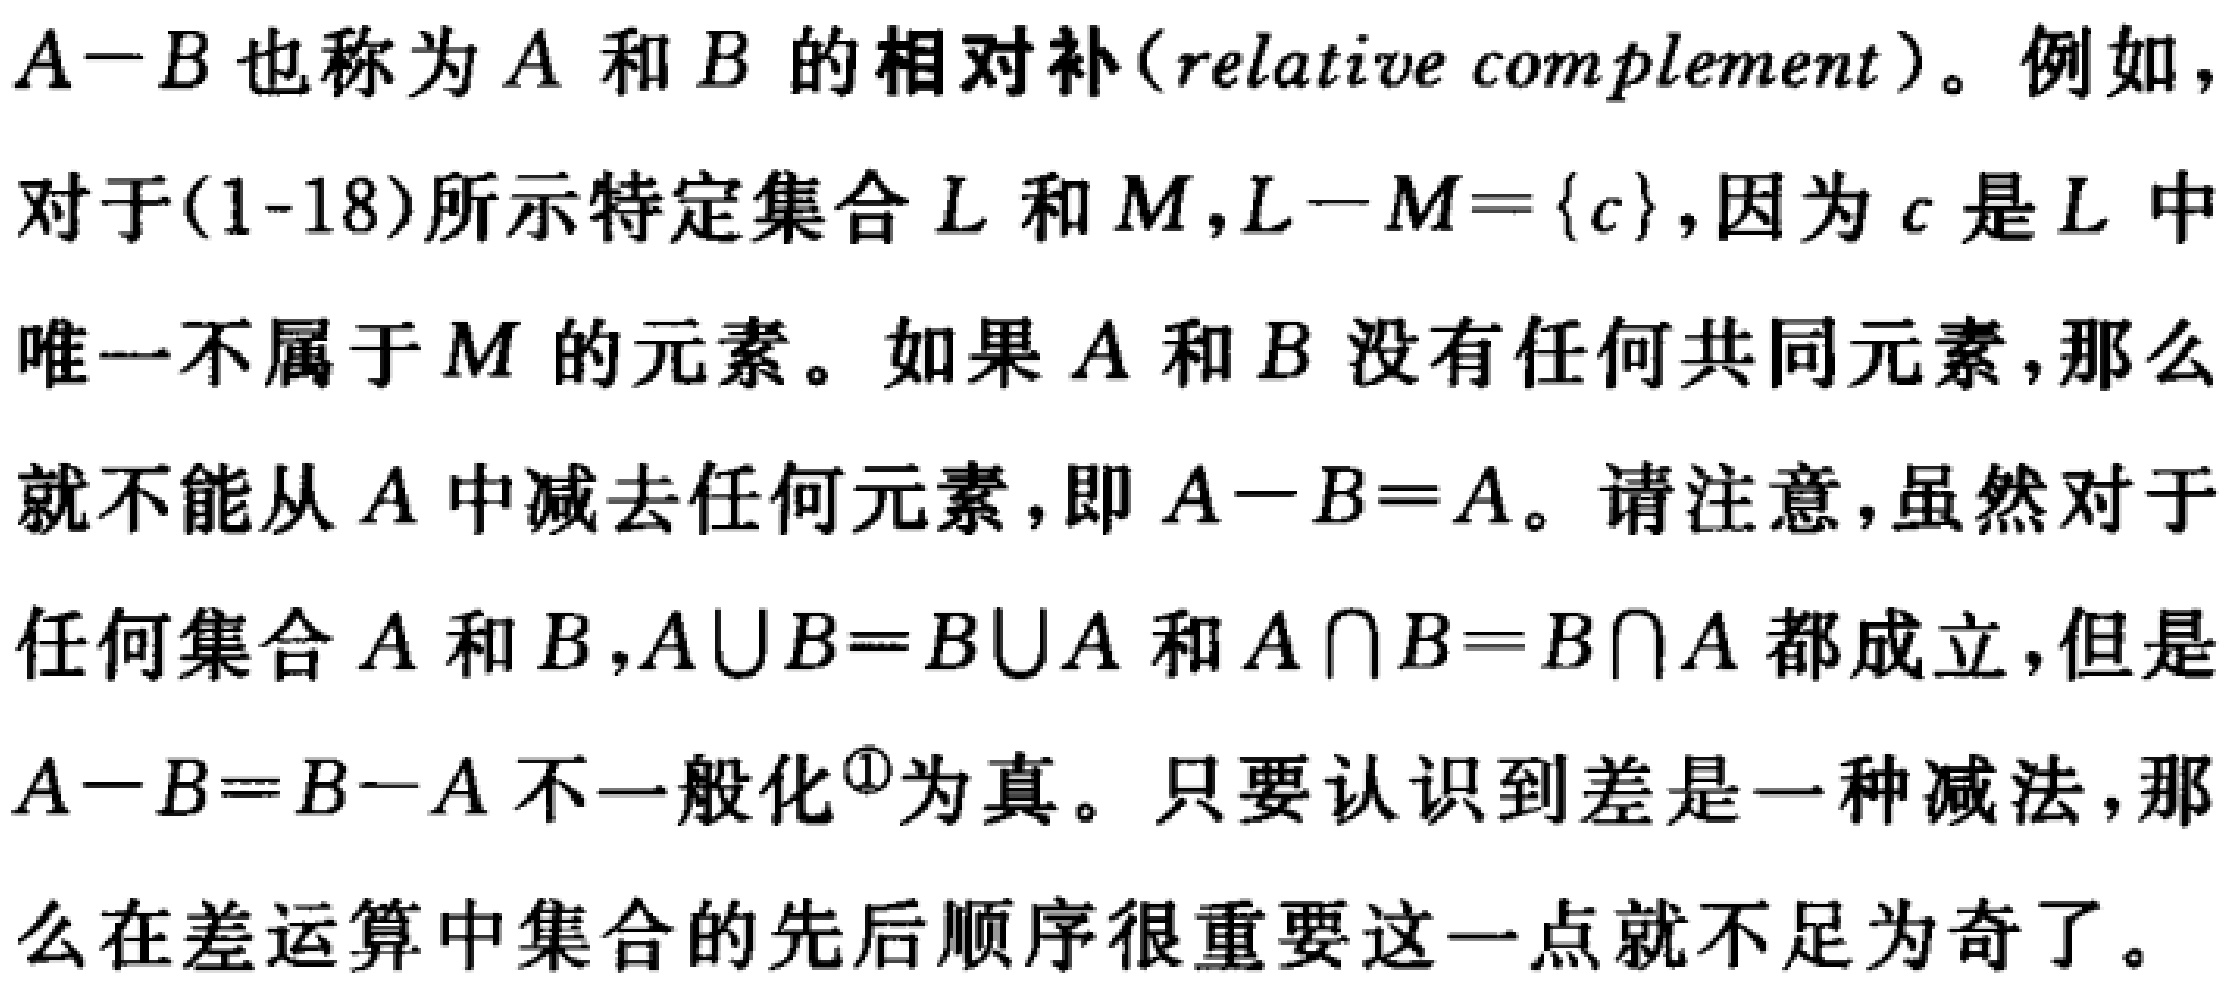
$A - B$也称为$A$和$B$的相对补(relative complement)。例如，
对于(1-18)所示特定集合$L$和$M$，$L - M = \{c\}$，因为$c$是$L$中
唯一不属于$M$的元素。如果$A$和$B$没有任何共同元素，那么
就不能从$A$中减去任何元素，即$A - B = A$。请注意，虽然对于
任何集合$A$和$B$，$A\cup B = B\cup A$和$A\cap B = B\cap A$都成立，但是
$A - B = B - A$不一般化$^{\textcircled{1}}$为真。只要认识到差是一种减法，那
么在差运算中集合的先后顺序很重要这一点就不足为奇了。